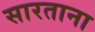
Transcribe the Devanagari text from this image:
सारताना